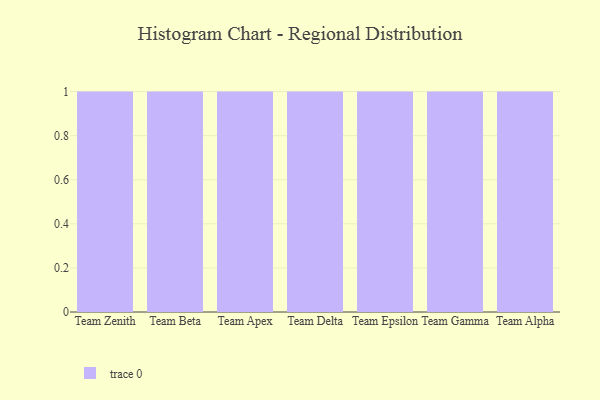
{"axis": {"x": "Team", "y": "Operating Costs (USD K)"}, "legend": [""], "data": [{"x": "Team Zenith", "y": 88, "type": ""}, {"x": "Team Beta", "y": 53, "type": ""}, {"x": "Team Apex", "y": 78, "type": ""}, {"x": "Team Delta", "y": 47, "type": ""}, {"x": "Team Epsilon", "y": 23, "type": ""}, {"x": "Team Gamma", "y": 29, "type": ""}, {"x": "Team Alpha", "y": 43, "type": ""}]}